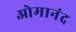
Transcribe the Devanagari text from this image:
ओमानंद